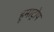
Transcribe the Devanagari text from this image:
हूमाट्रोप